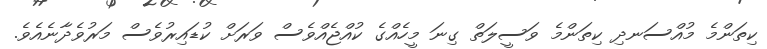
ކިތަންމެ މުއްސަނދި ކިތަންމެ ވަސީލަތް ގިނަ މީހެއްގެ ކުއްޖެއްވެސް ވަރަށް ކުޑައިރުވެސް މަރުވެދާނެއެވެ.